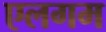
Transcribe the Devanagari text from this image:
एलगम